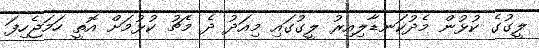
ލީގުގެ ކުޅުން މެދުކަނޑާލިއިރު ލީގުގައި މިއަދު ދެ މެޗު ކުޅުމަށް އޮތީ ހަމަޖެހިފަ